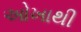
ઓખાથી